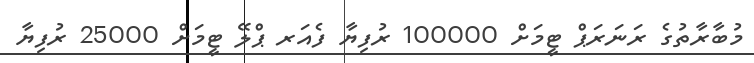
މުބާރާތުގެ ރަނަރަޕް ޓީމަށް 100000 ރުފިޔާ ފެއަރ ޕްލޭ ޓީމަށް 25000 ރުފިޔާ